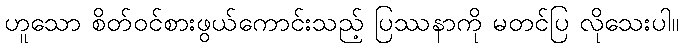
ဟူသော စိတ်ဝင်စားဖွယ်ကောင်းသည့် ပြဿနာကို မတင်ပြ လိုသေးပါ။